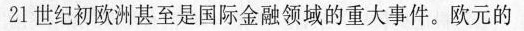
21世纪初欧洲甚至是国际金融领域的重大事件。欧元的